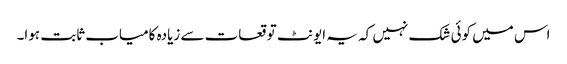
اس میں کوئی شک نہیں کہ یہ ایونٹ توقعات سے زیادہ کامیاب ثابت ہوا۔